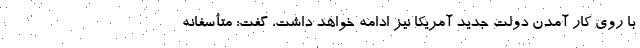
با روی کار آمدن دولت جدید آمریکا نیز ادامه خواهد داشت، گفت: متأسفانه